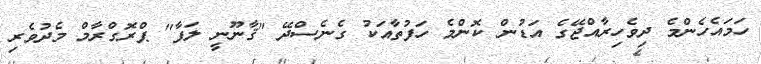
ހަމައެހެންމެ ދިވެހިރާއްޖޭގެ އަޑުން ކޮންމެ ހަފުތާއަކު ގެނެސްދޭ "ޤާނޫނީ ލަފާ" ޕްރޮގްރާމް މެދުވެރި